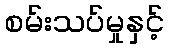
စမ်းသပ်မှုနှင့်